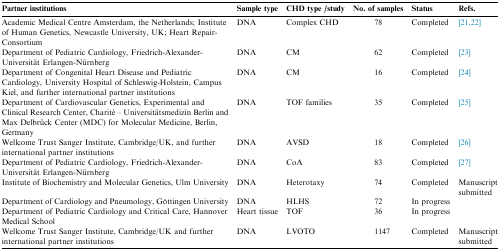
| Partner institutions | Sample type | CHD type /study | No. of samples | Status | Refs. |
 | --- | --- | --- | --- | --- | --- |
 | Academic Medical Centre Amsterdam, the Netherlands; Institute of Human Genetics, Newcastle University, UK; Heart Repair-Consortium | DNA | Complex CHD | 78 | Completed | [21], [22] |
 | Department of Pediatric Cardiology, Friedrich-Alexander-Universität Erlangen-Nürnberg | DNA | CM | 62 | Completed | [23] |
 | Department of Congenital Heart Disease and Pediatric Cardiology, University Hospital of Schleswig-Holstein, Campus Kiel, and further international partner institutions | DNA | CM | 16 | Completed | [24] |
 | Department of Cardiovascular Genetics, Experimental and Clinical Research Center, Charité – Universitätsmedizin Berlin and Max Delbrück Center (MDC) for Molecular Medicine, Berlin, Germany | DNA | TOF families | 35 | Completed | [25] |
 | Wellcome Trust Sanger Institute, Cambridge/UK, and further international partner institutions | DNA | AVSD | 18 | Completed | [26] |
 | Department of Pediatric Cardiology, Friedrich-Alexander-Universität Erlangen-Nürnberg | DNA | CoA | 83 | Completed | [27] |
 | Institute of Biochemistry and Molecular Genetics, Ulm University | DNA | Heterotaxy | 74 | Completed | Manuscript submitted |
 | Department of Cardiology and Pneumology, Göttingen University | DNA | HLHS | 72 | In progress |  |
 | Department of Pediatric Cardiology and Critical Care, Hannover Medical School | Heart tissue | TOF | 36 | In progress |  |
 | Wellcome Trust Sanger Institute, Cambridge/UK and further international partner institutions | DNA | LVOTO | 1147 | Completed | Manuscript submitted |